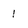
Character: 1